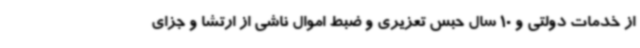
از خدمات دولتی و 10 سال حبس تعزیری و ضبط اموال ناشی از ارتشا و جزای